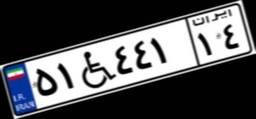
۷۵W۱۹۳۹۷